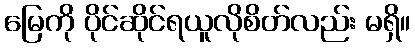
မြေကို ပိုင်ဆိုင်ရယူလိုစိတ်လည်း မရှိ။